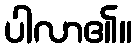
ပါလာ၏။